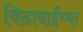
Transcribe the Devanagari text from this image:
विठाबाईंच्या